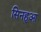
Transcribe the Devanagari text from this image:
सिनहुआ